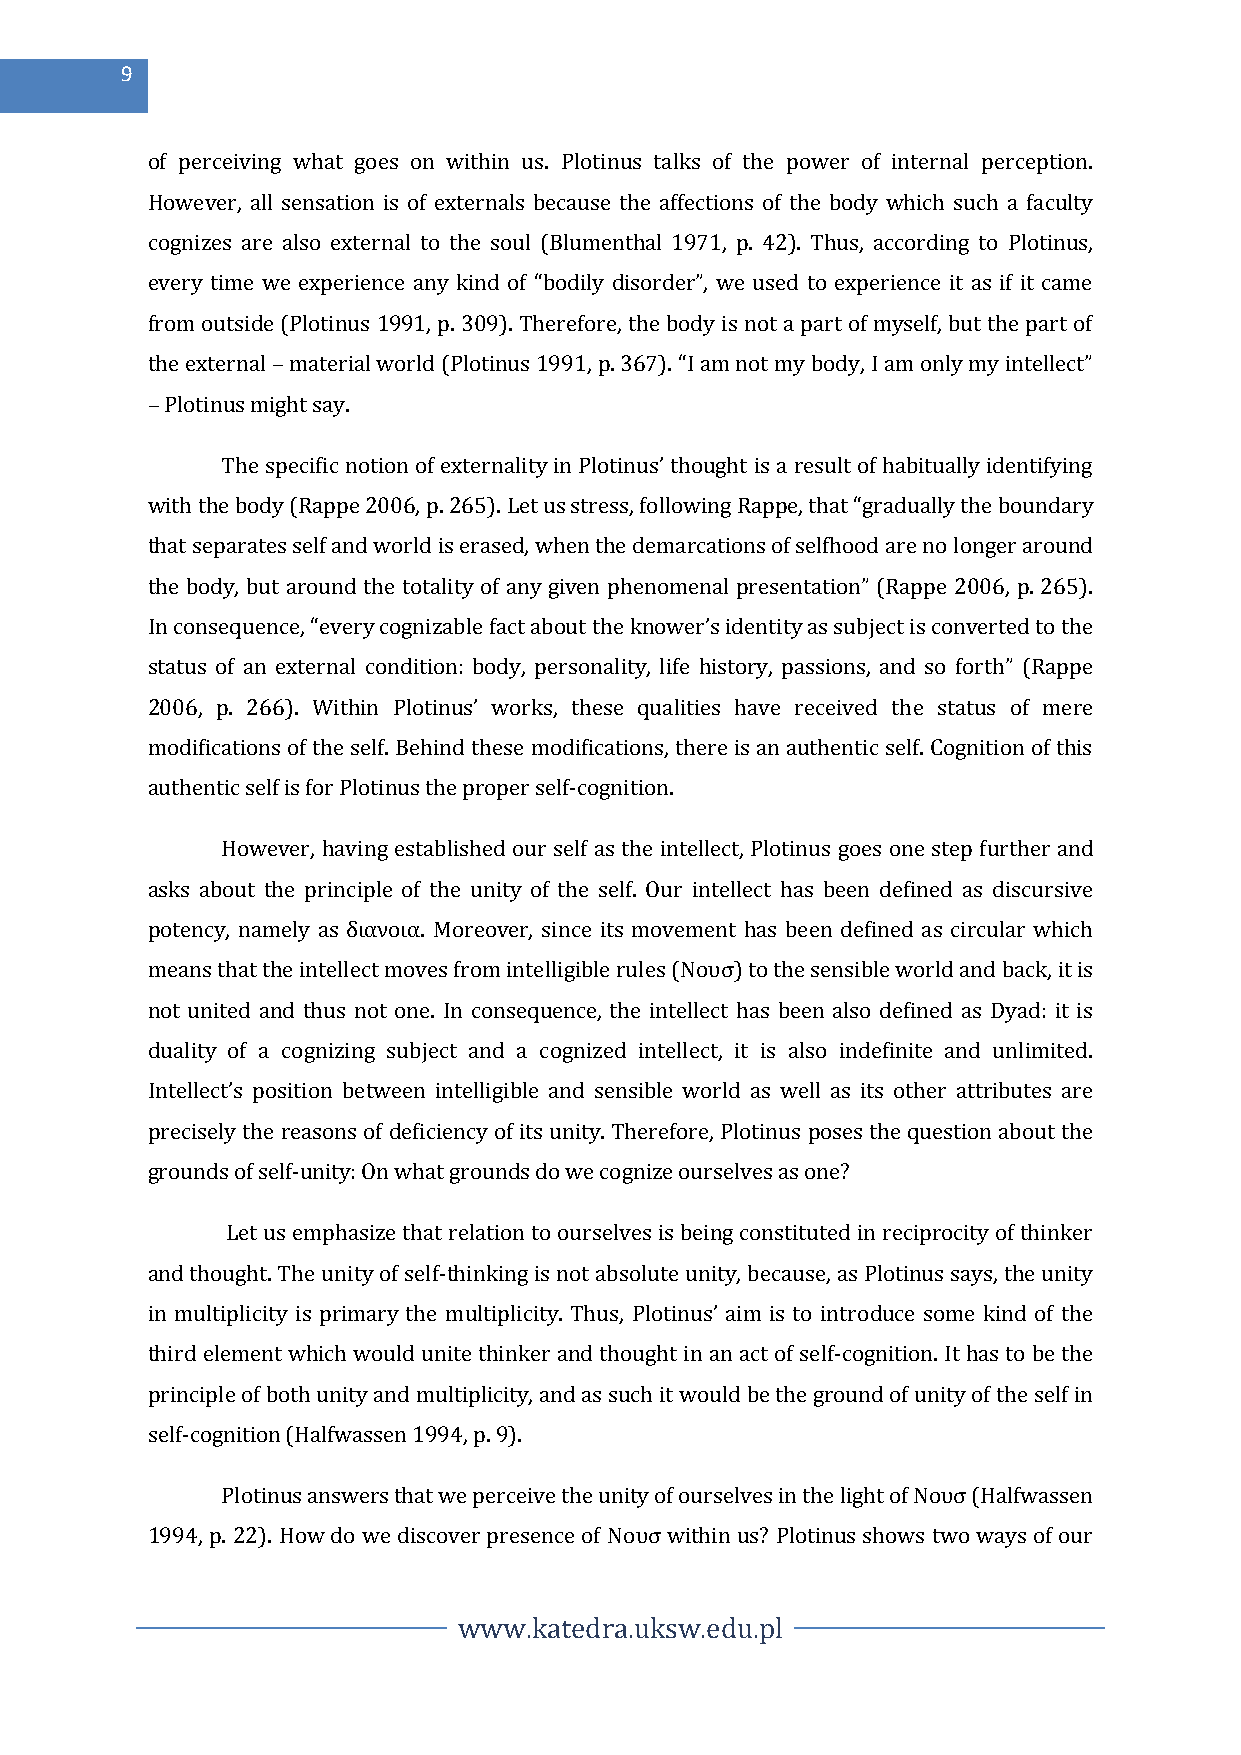
9
 of perceiving what goes on within us. Plotinus talks of the power of internal perception.
 However, all sensation is of externals because the affections of the body which such a faculty
 cognizes are also external to the soul (Blumenthal 1971, p. 42). Thus, according to Plotinus,
 every time we experience any kind of “bodily disorder”, we used to experience it as if it came
 from outside (Plotinus 1991, p. 309). Therefore, the body is not a part of myself, but the part of
 the external – material world (Plotinus 1991, p. 367). “I am not my body, I am only my intellect”
 – Plotinus might say.
 The specific notion of externality in Plotinus’ thought is a result of habitually identifying
 with the body (Rappe 2006, p. 265). Let us stress, following Rappe, that “gradually the boundary
 that separates self and world is erased, when the demarcations of selfhood are no longer around
 the body, but around the totality of any given phenomenal presentation” (Rappe 2006, p. 265).
 In consequence, “every cognizable fact about the knower’s identity as subject is converted to the
 status of an external condition: body, personality, life history, passions, and so forth” (Rappe
 2006, p. 266). Within Plotinus’ works, these qualities have received the status of mere
 modifications of the self. Behind these modifications, there is an authentic self. Cognition of this
 authentic self is for Plotinus the proper self-cognition.
 However, having established our self as the intellect, Plotinus goes one step further and
 asks about the principle of the unity of the self. Our intellect has been defined as discursive
 potency, namely as διανοια. Moreover, since its movement has been defined as circular which
 means that the intellect moves from intelligible rules (Νουσ) to the sensible world and back, it is
 not united and thus not one. In consequence, the intellect has been also defined as Dyad: it is
 duality of a cognizing subject and a cognized intellect, it is also indefinite and unlimited.
 Intellect’s position between intelligible and sensible world as well as its other attributes are
 precisely the reasons of deficiency of its unity. Therefore, Plotinus poses the question about the
 grounds of self-unity: On what grounds do we cognize ourselves as one?
 Let us emphasize that relation to ourselves is being constituted in reciprocity of thinker
 and thought. The unity of self-thinking is not absolute unity, because, as Plotinus says, the unity
 in multiplicity is primary the multiplicity. Thus, Plotinus’ aim is to introduce some kind of the
 third element which would unite thinker and thought in an act of self-cognition. It has to be the
 principle of both unity and multiplicity, and as such it would be the ground of unity of the self in
 self-cognition (Halfwassen 1994, p. 9).
 Plotinus answers that we perceive the unity of ourselves in the light of Νουσ (Halfwassen
 1994, p. 22). How do we discover presence of Νουσ within us? Plotinus shows two ways of our
 www.katedra.uksw.edu.pl